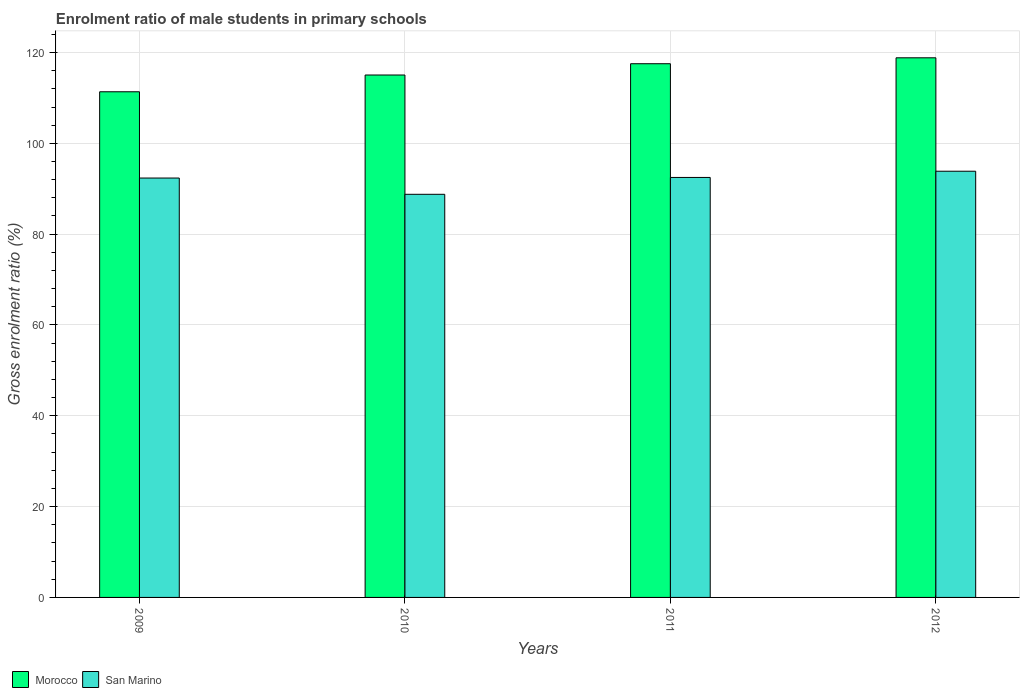
| Years | Morocco | San Marino |
 | --- | --- | --- |
 | 2009 | 111 | 92.4 |
 | 2010 | 115 | 88.8 |
 | 2011 | 118 | 92.5 |
 | 2012 | 119 | 93.9 |